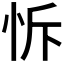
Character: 𢘛